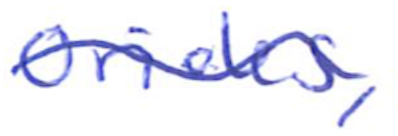
Text: Orioles,
Cross-out: wave
Writing tool: ballpoint